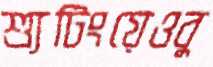
শ্যুটিংয়েওবু